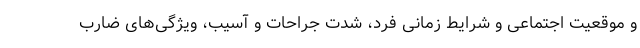
و موقعیت اجتماعی و شرایط زمانی فرد، شدت جراحات و آسیب، ویژگی‌های ضارب